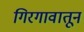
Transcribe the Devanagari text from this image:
गिरगावातून